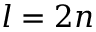
l = 2 n